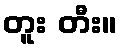
တူး တီး။